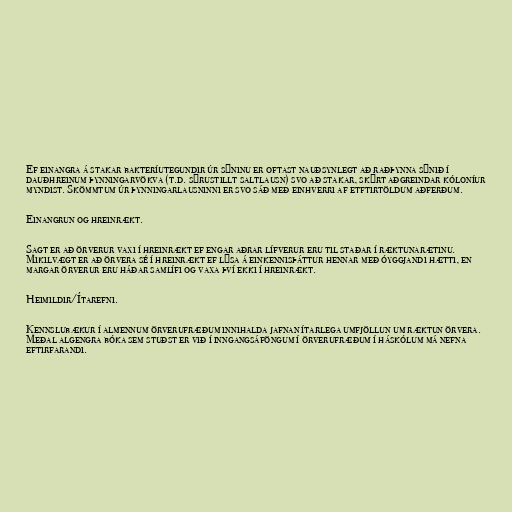
Ef einangra á stakar bakteríutegundir úr sýninu er oftast nauðsynlegt að raðþynna sýnið í
dauðhreinum þynningarvökva (t.d. sýrustillt saltlausn) svo að stakar, skýrt aðgreindar kóloníur
myndist. Skömmtum úr þynningarlausninni er svo sáð með einhverri af etftirtöldum aðferðum.

Einangrun og hreinrækt.

Sagt er að örverur vaxi í hreinrækt ef engar aðrar lífverur eru til staðar í ræktunarætinu.
Mikilvægt er að örvera sé í hreinrækt ef lýsa á einkennisþáttur hennar með óyggjandi hætti, en
margar örverur eru háðar samlífi og vaxa því ekki í hreinrækt.

Heimildir/Ítarefni.

Kennslubækur í almennum örverufræðum innihalda jafnan ítarlega umfjöllun um ræktun örvera.
Meðal algengra bóka sem stuðst er við í inngangsáföngum í örverufræðum í háskólum má nefna
eftirfarandi.